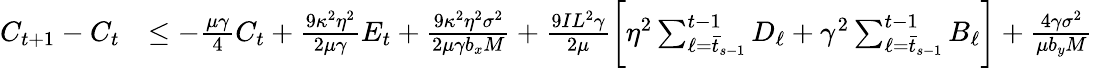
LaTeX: \begin{array}{rl}{C_{t+1}-C_{t}}&{\leq-\frac{\mu\gamma}{4}C_{t}+\frac{9\kappa^{2}\eta^{2}}{2\mu\gamma}E_{t}+\frac{9\kappa^{2}\eta^{2}\sigma^{2}}{2\mu\gamma b_{x}M}+\frac{9IL^{2}\gamma}{2\mu}\bigg[\eta^{2}\sum_{\ell=\bar{t}_{s-1}}^{t-1}D_{\ell}+\gamma^{2}\sum_{\ell=\bar{t}_{s-1}}^{t-1}B_{\ell}\bigg]+\frac{4\gamma\sigma^{2}}{\mu b_{y}M}}\end{array}